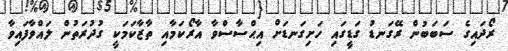
ރޯދައިގެ ސަބަބުން ރޭގަނޑު ގަޑީގައި ހަށިގަނޑަށް އިޙްސާސްވާ އާރޯކަމާއި ތާޒާކަމަކީ ގުދުރަތުން ލައްވާފައިވާ